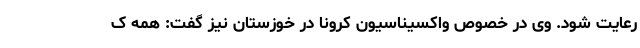
رعایت شود. وی در خصوص واکسیناسیون کرونا در خوزستان نیز گفت: همه ک